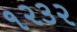
૧૨૩૨